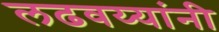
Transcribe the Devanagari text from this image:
लढवय्यांनी